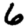
Digit: 6